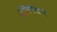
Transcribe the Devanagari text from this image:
देलिगेशनों